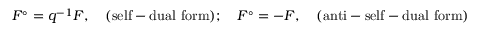
F ^ { \circ } = q ^ { - 1 } F , \quad \mathrm { ( s e l f - d u a l \ f o r m ) } ; \quad F ^ { \circ } = - F , \quad \mathrm { ( a n t i - s e l f - d u a l \ f o r m ) }